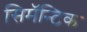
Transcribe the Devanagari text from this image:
सिमॅन्टिक